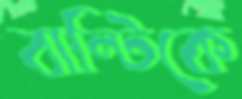
বান্টিকে